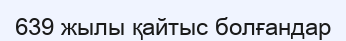
639 жылы қайтыс болғандар